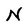
Character: N